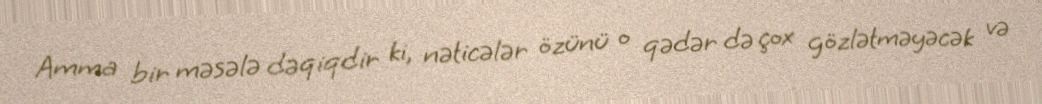
Amma bir məsələ dəqiqdir ki, nəticələr özünü o qədər də çox gözlətməyəcək və